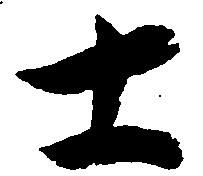
士